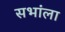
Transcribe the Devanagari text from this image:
सभांला